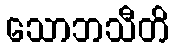
သောဘသီတိ